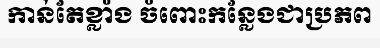
កាន់តែខ្លាំង ចំពោះកន្លែងជាប្រភព